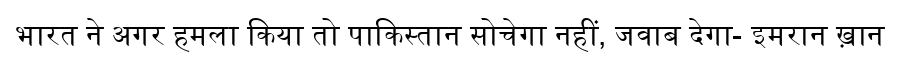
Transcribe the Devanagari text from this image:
भारत ने अगर हमला किया तो पाकिस्तान सोचेगा नहीं, जवाब देगा- इमरान ख़ान